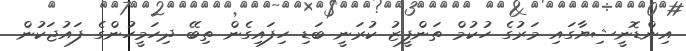
އިންޑޮނީޝިޔާގައި މަރުގެ ހުކުމް ތަންފީޒު ކުރަނީ ބަޑި ހިފައިގެން ތިބޭ ދިހަމީހުންގެ ފައުޖަކުން